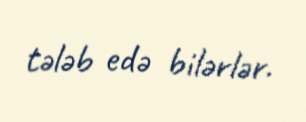
tələb edə bilərlər.